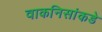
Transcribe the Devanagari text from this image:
वाकनिसांकडे